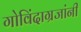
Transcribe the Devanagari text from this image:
गोविंदाग्रजांनी